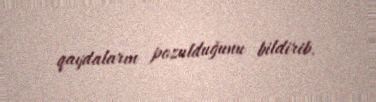
qaydaların pozulduğunu bildirib.